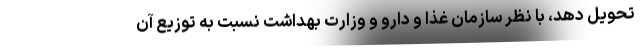
تحویل دهد، با نظر سازمان غذا و دارو و وزارت بهداشت نسبت به توزیع آن